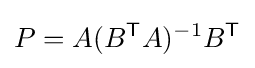
P=A(B^{\mathsf {T}}A)^{-1}B^{\mathsf {T}}